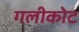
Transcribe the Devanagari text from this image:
गलीकोट